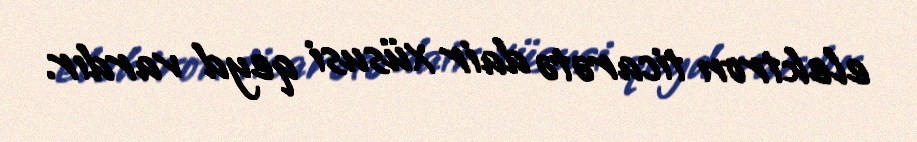
elektron ticarətə dair xüsusi qeyd vardır.